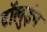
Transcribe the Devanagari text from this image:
टॉलुईन